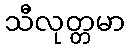
သီလုတ္တမာ